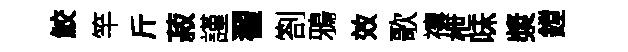
鮫竿斤菽謹翟劄鴉效歌禳枻味漿鏜